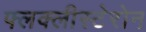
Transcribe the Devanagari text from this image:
फ्लक्लीस्टेरोन